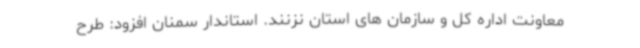
معاونت اداره کل و سازمان های استان نزنند. استاندار سمنان افزود: طرح